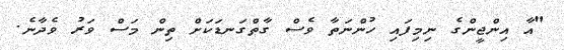
"އާ އިންޖީންގެ ނިމިފައި ހުންނަތާ ވެސް ގާތްގަނޑަކަށް ތިން މަސް ވަރު ވެދާނެ.